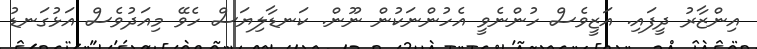
އިންޒާރު ދީފައި. އަޒީވެސް ހުންނެވީ އެހުންނަކުން ނޫން. ކަނޑާލިޔަސް ހެވޭ މިއަދުވެސް އަޅުގަނޑު